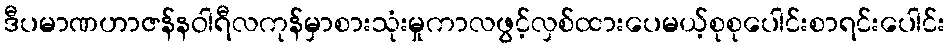
ဒီပမာဏဟာဇန်နဝါရီလကုန်မှာစားသုံးမှုကာလဖွင့်လှစ်ထားပေမယ့်စုစုပေါင်းစာရင်းပေါင်း